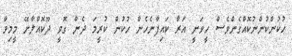
ހުކުންކުންނުކޮއްގެންވެސް ހީވަނީ އަރާ ކައިފާނެހެން ހުކުން ކުރީމަ ދެން ގޮވީ ދޫކޮއްލާށޭ މީމިވާ